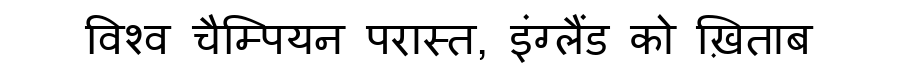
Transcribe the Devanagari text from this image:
विश्व चैम्पियन परास्त, इंग्लैंड को ख़िताब